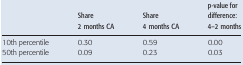
|  | Share 2 months CA | Share 4 months CA | p-value for difference: 4–2 months |
 | --- | --- | --- | --- |
 | 10th percentile | 0.30 | 0.59 | 0.00 |
 | 50th percentile | 0.09 | 0.23 | 0.03 |